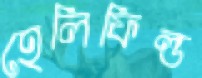
হেলিফিল্ড